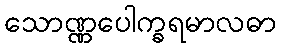
သောဏ္ဏပေါက္ခရမာလဓာ